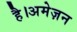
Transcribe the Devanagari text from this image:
है।अमेज़न